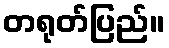
တရုတ်ပြည်။